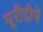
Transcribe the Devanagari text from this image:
यूरीदीचे